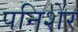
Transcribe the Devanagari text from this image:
पनिशेर